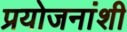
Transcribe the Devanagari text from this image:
प्रयोजनांशी